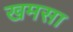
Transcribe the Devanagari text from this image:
खमसा